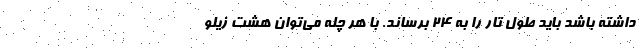
داشته باشد باید طول تار را به ۲۴ برساند. با هر چله می‌توان هشت زیلو